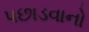
પછાડવાનો